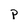
Character: p